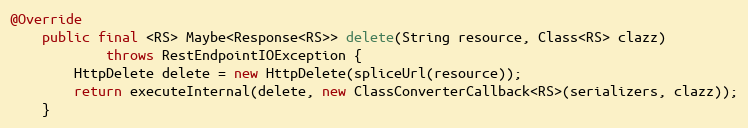
Language: Java
@Override
    public final <RS> Maybe<Response<RS>> delete(String resource, Class<RS> clazz)
            throws RestEndpointIOException {
        HttpDelete delete = new HttpDelete(spliceUrl(resource));
        return executeInternal(delete, new ClassConverterCallback<RS>(serializers, clazz));
    }